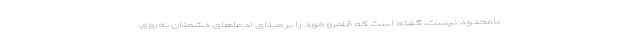
نامحدود نیست، گفته است که قلمرو خود را بر مبنای ادعاهای دشمنان به‌روی